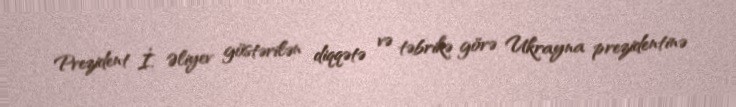
Prezident İ. Əliyev göstərilən diqqətə və təbrikə görə Ukrayna prezidentinə